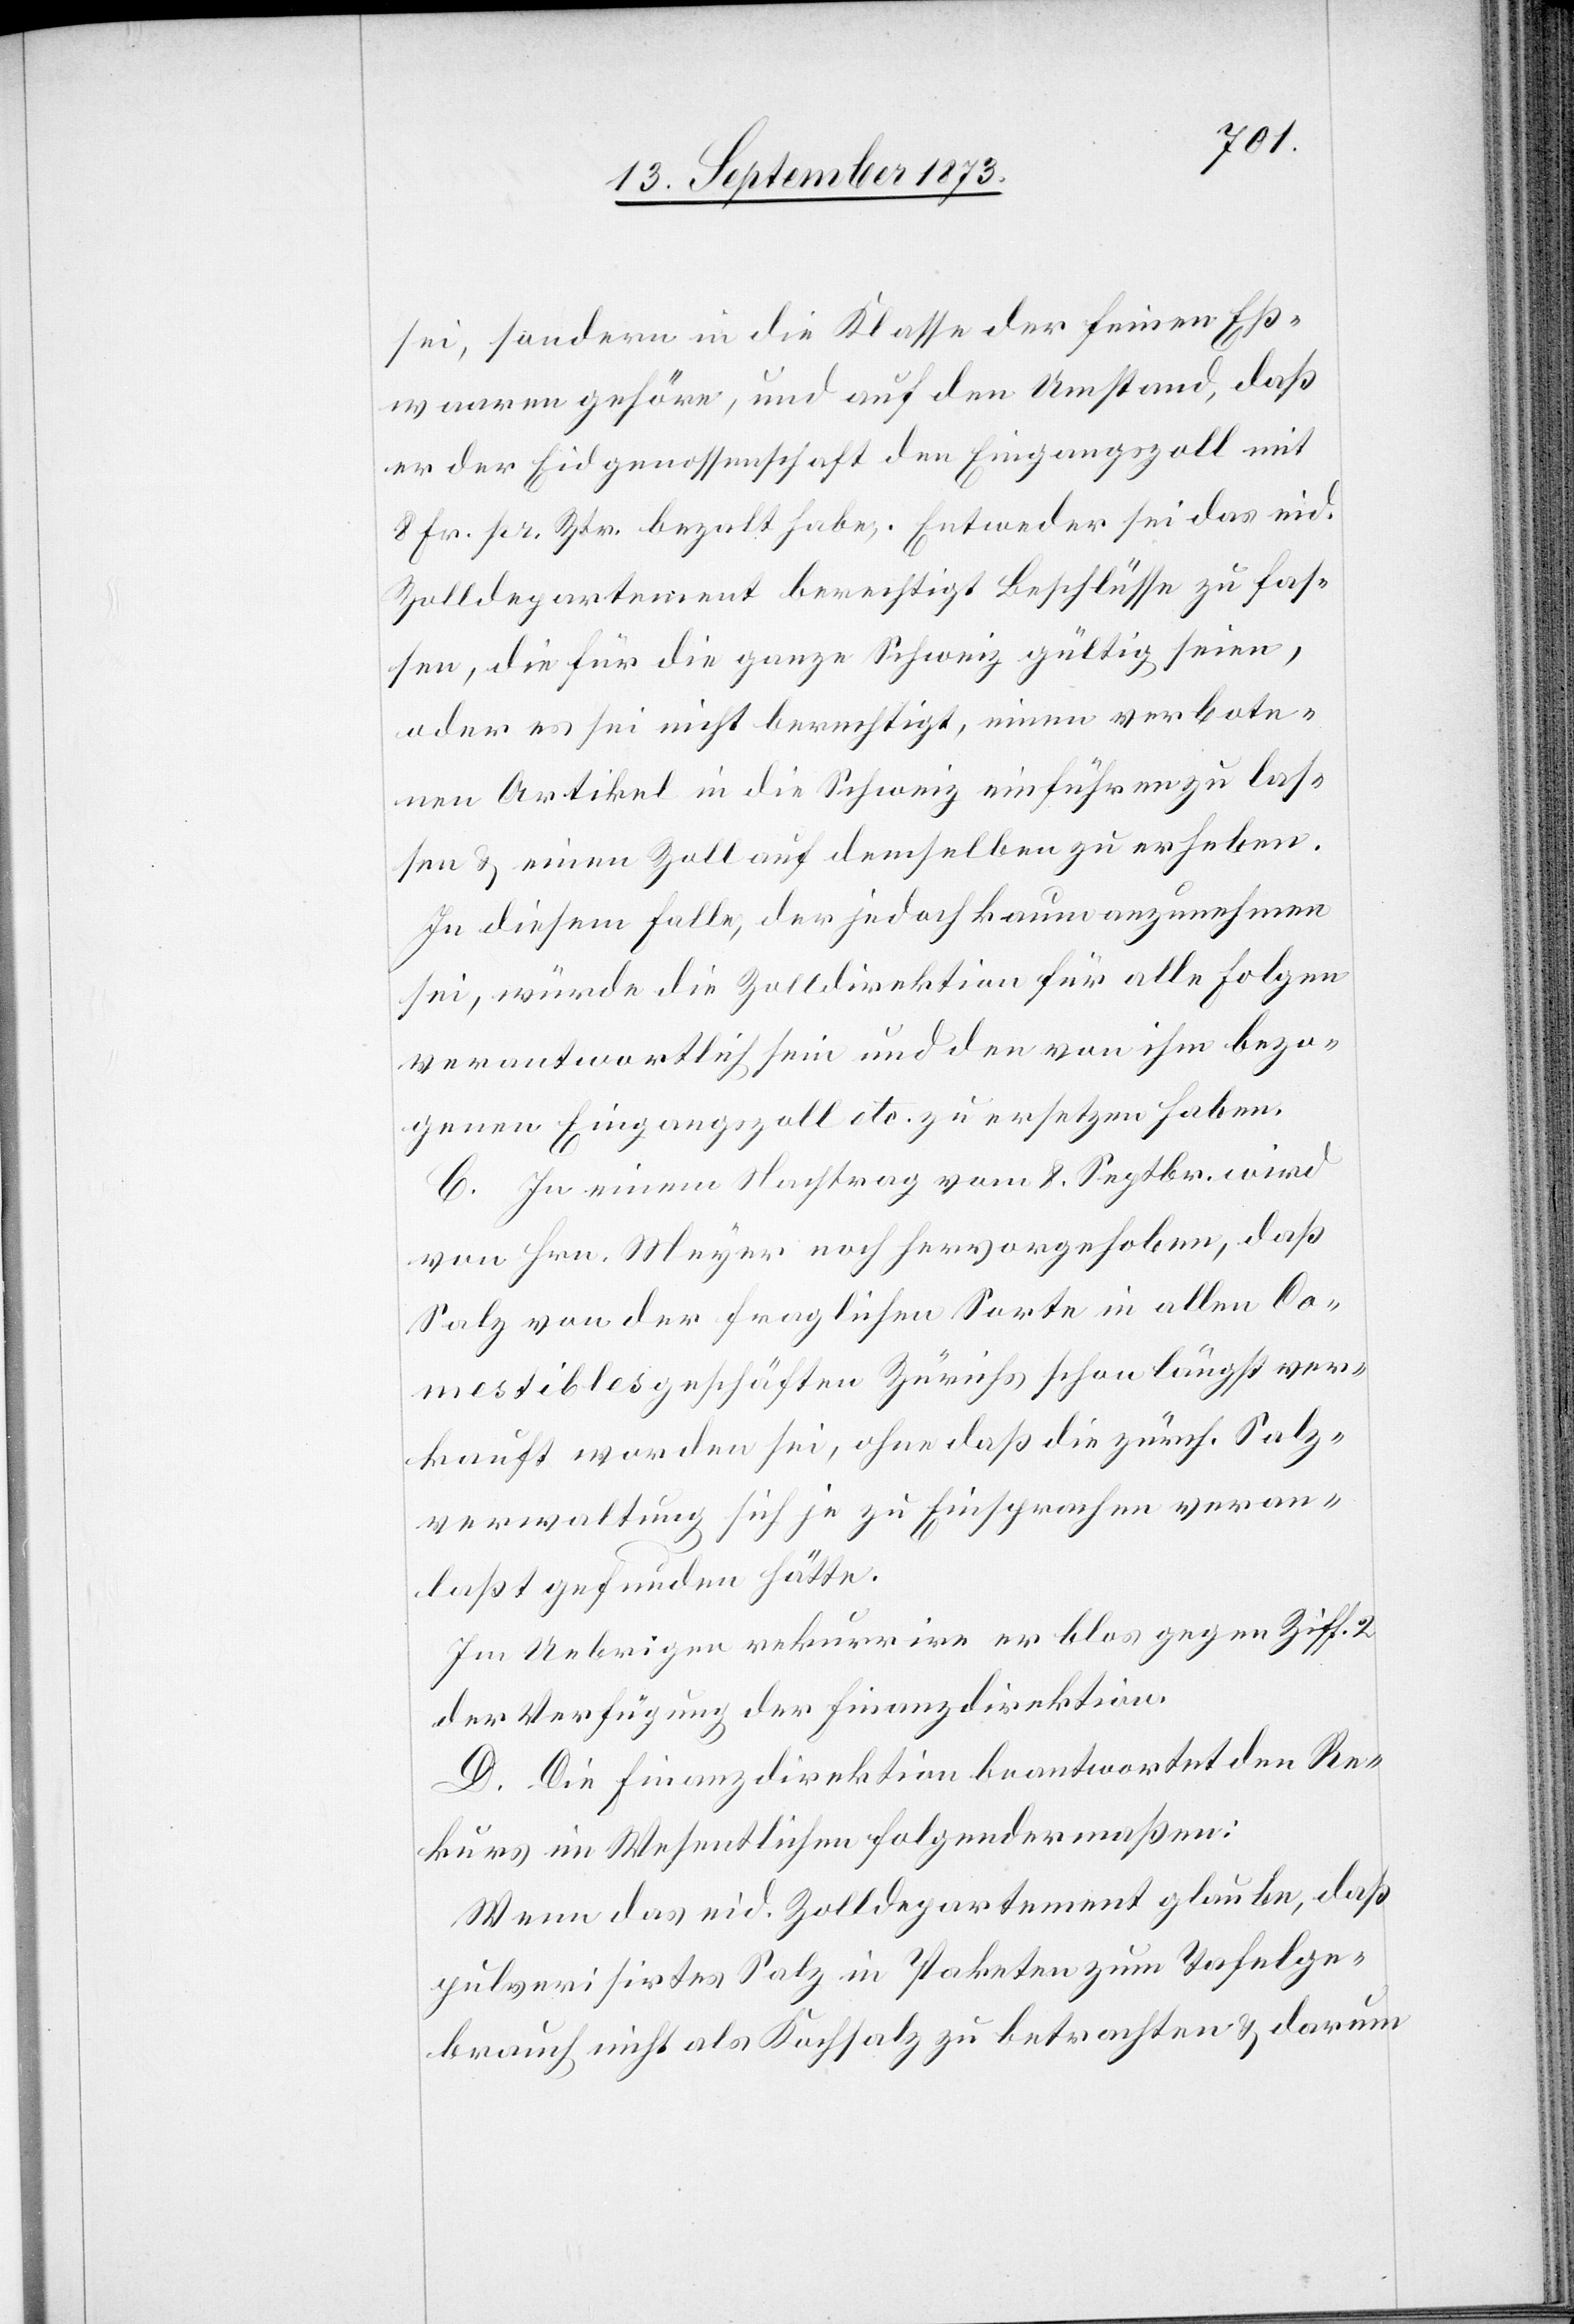
sei, sondern in die Klasse der feinen Eß¬
waaren gehöre, und auf den Umstand, daß
er der Eidgenossenschaft den Eingangszoll mit
8 Fr. pr. Ztr. bezalt habe. Entweder sei das eid.
Zolldepartement berechtigt Beschlüsse zu fas¬
sen, die für die ganze Schweiz gültig seien,
oder es sei nicht berechtigt, einen verbote¬
nen Artikel in die Schweiz einführen zu las¬
sen & einen Zoll auf demselben zu erheben.
In diesem Falle, der jedoch kaum anzunehmen
sei, würde die Zolldirektion für alle Folgen
verantwortlich sein und den von ihm bezo¬
genen Eingangszoll etc. zu ersetzen haben.
C. In einem Nachtrag vom 8. Septbr. wird
von Hrn. Meyer noch hervorgehoben, daß
Salz von der fraglichen Sorte in allen Co¬
mestiblesgeschäften Zürichs schon längst ver¬
kauft worden sei, ohne daß die zürch. Salz¬
verwaltung sich je zu Einsprachen veran¬
laßt gefunden hätte.
Im Uebrigen rekurrire er blos gegen Ziff. 2
der Verfügung der Finanzdirektion.
D. Die Finanzdirektion beantwortet den Re¬
kurs im Wesentlichen folgendermaßen:
Wenn das eid. Zolldepartement glaube, daß
pulverisirtes Salz in Paketen zum Tafelge¬
brauch nicht als Kochsalz zu betrachten & darum